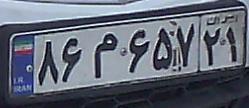
۸۶م۶۵۷۲۱